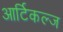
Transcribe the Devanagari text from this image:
आर्टिकल्ज